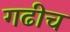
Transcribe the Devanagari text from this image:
गढीच